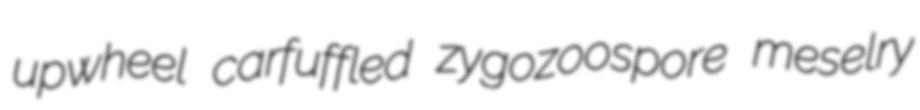
upwheel carfuffled zygozoospore meselry